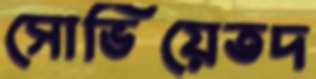
সোভিয়েতদ